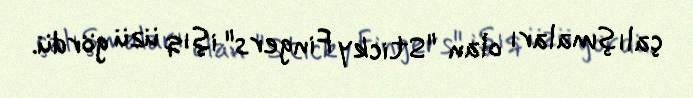
çalışmaları olan "Sticky Fingers" işıq üzü gördü.